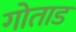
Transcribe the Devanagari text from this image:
गोताड